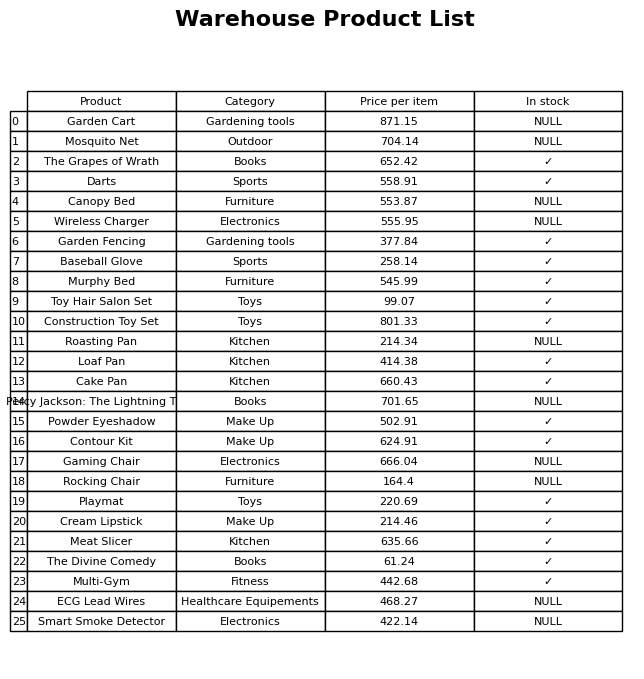
question: Is the Roasting Pan in stock?
answer: NULL